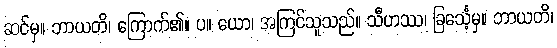
ဆင်မှ။ ဘာယတိ၊ ကြောက်၏။ ပ။ ယော၊ အကြင်သူသည်။ သီဟဿ၊ ခြင်္သေ့မှ။ ဘာယတိ၊